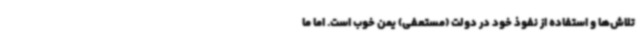
تلاش‌ها و استفاده از نفوذ خود در دولت (مستعفی) یمن خوب است. اما ما